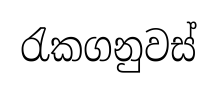
රැකගනුවස්